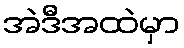
အဲဒီအထဲမှာ